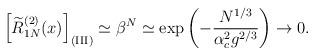
LaTeX: \begin{align*}\left[\widetilde R_{1N}^{(2)}(x)\right]_{\rm (III)} \simeq\beta^N\simeq\exp\left(-{N^{1/3}\over\alpha_c^2g^{2/3}}\right) \rightarrow0.\end{align*}